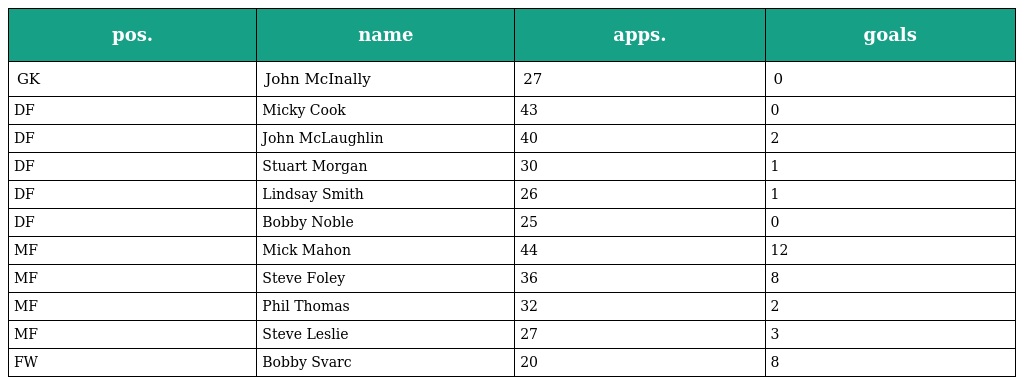
| pos. | name | apps. | goals |
 | --- | --- | --- | --- |
 | GK | John McInally | 27 | 0 |
 | DF | Micky Cook | 43 | 0 |
 | DF | John McLaughlin | 40 | 2 |
 | DF | Stuart Morgan | 30 | 1 |
 | DF | Lindsay Smith | 26 | 1 |
 | DF | Bobby Noble | 25 | 0 |
 | MF | Mick Mahon | 44 | 12 |
 | MF | Steve Foley | 36 | 8 |
 | MF | Phil Thomas | 32 | 2 |
 | MF | Steve Leslie | 27 | 3 |
 | FW | Bobby Svarc | 20 | 8 |